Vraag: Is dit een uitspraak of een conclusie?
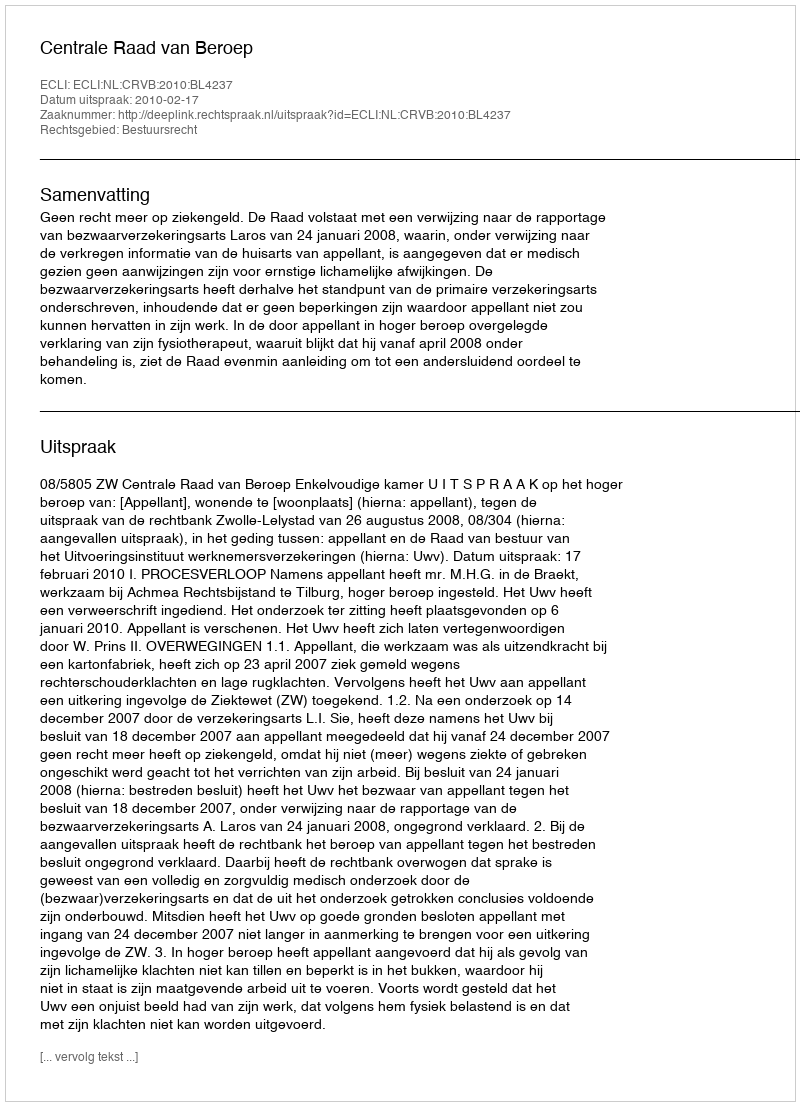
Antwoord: Uitspraak